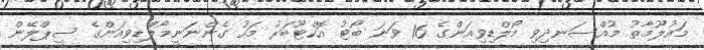
މައުލޫމާތު މުއްސަނދިވި މޯލްޑިވިއަންގެ 16 ވަނަ ބޯޓު އޮކްޓޫބަރު މަހު ގެންނަނީމޯލްޑިވިއަންގެ ސީޕްލޭން